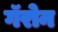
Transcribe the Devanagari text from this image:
गॅरोन